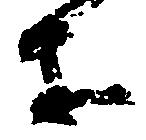
等